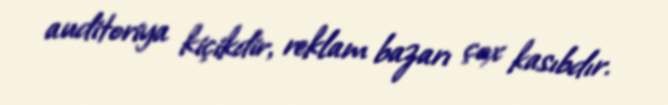
auditoriya kiçikdir, reklam bazarı çox kasıbdır.